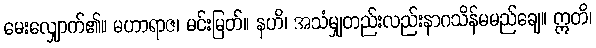
မေးလျှောက်၏။ မဟာရာဇ၊ မင်းမြတ်။ နဟိ၊ အသံမျှတည်းလည်းနာဂသိန်မမည်ချေ။ ဣတိ၊